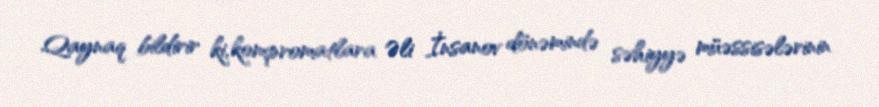
Qaynaq bildirir ki, kompromatlara Əli İnsanov dönəmində səhiyyə müəssisələrinin